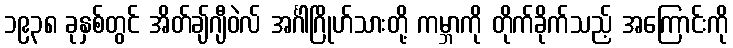
၁၉၃၈ ခုနှစ်တွင် အိတ်ချ်ဂျီဝဲလ် အင်္ဂါဂြိုဟ်သားတို့ ကမ္ဘာကို တိုက်ခိုက်သည့် အကြောင်းကို